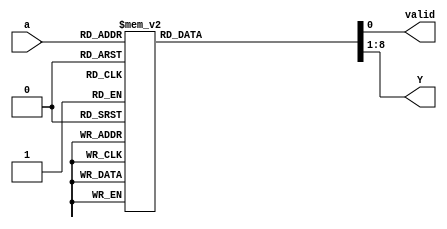
module encoder_3bit (a,valid,Y);
input [2:0] a;
output [7:0] Y;
output valid;
reg [7:0] Y;
reg valid;

always @ (a) begin
	valid=1;
	case(a)
	0 : Y=8'b00000000;
	1 : Y=8'b00010001;
	2 : Y=8'b00010010;
	3 : Y=8'b00100010;
	4 : Y=8'b00100100;
	5 : Y=8'b01000100;
	6 : Y=8'b01001000;
	7 : Y=8'b10001000;
	default : valid=0;
endcase
end

endmodule